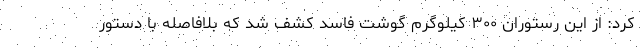
کرد: از این رستوران ۳۰۰ کیلوگرم گوشت فاسد کشف شد که بلافاصله با دستور